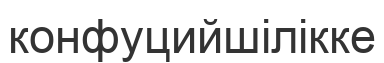
конфуцийшілікке